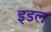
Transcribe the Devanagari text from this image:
इडल